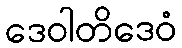
ဒေဝါတိဒေဝံ